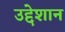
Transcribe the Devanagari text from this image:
उद्देशान